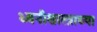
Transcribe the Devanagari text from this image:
ध्वनीशास्त्राच्या